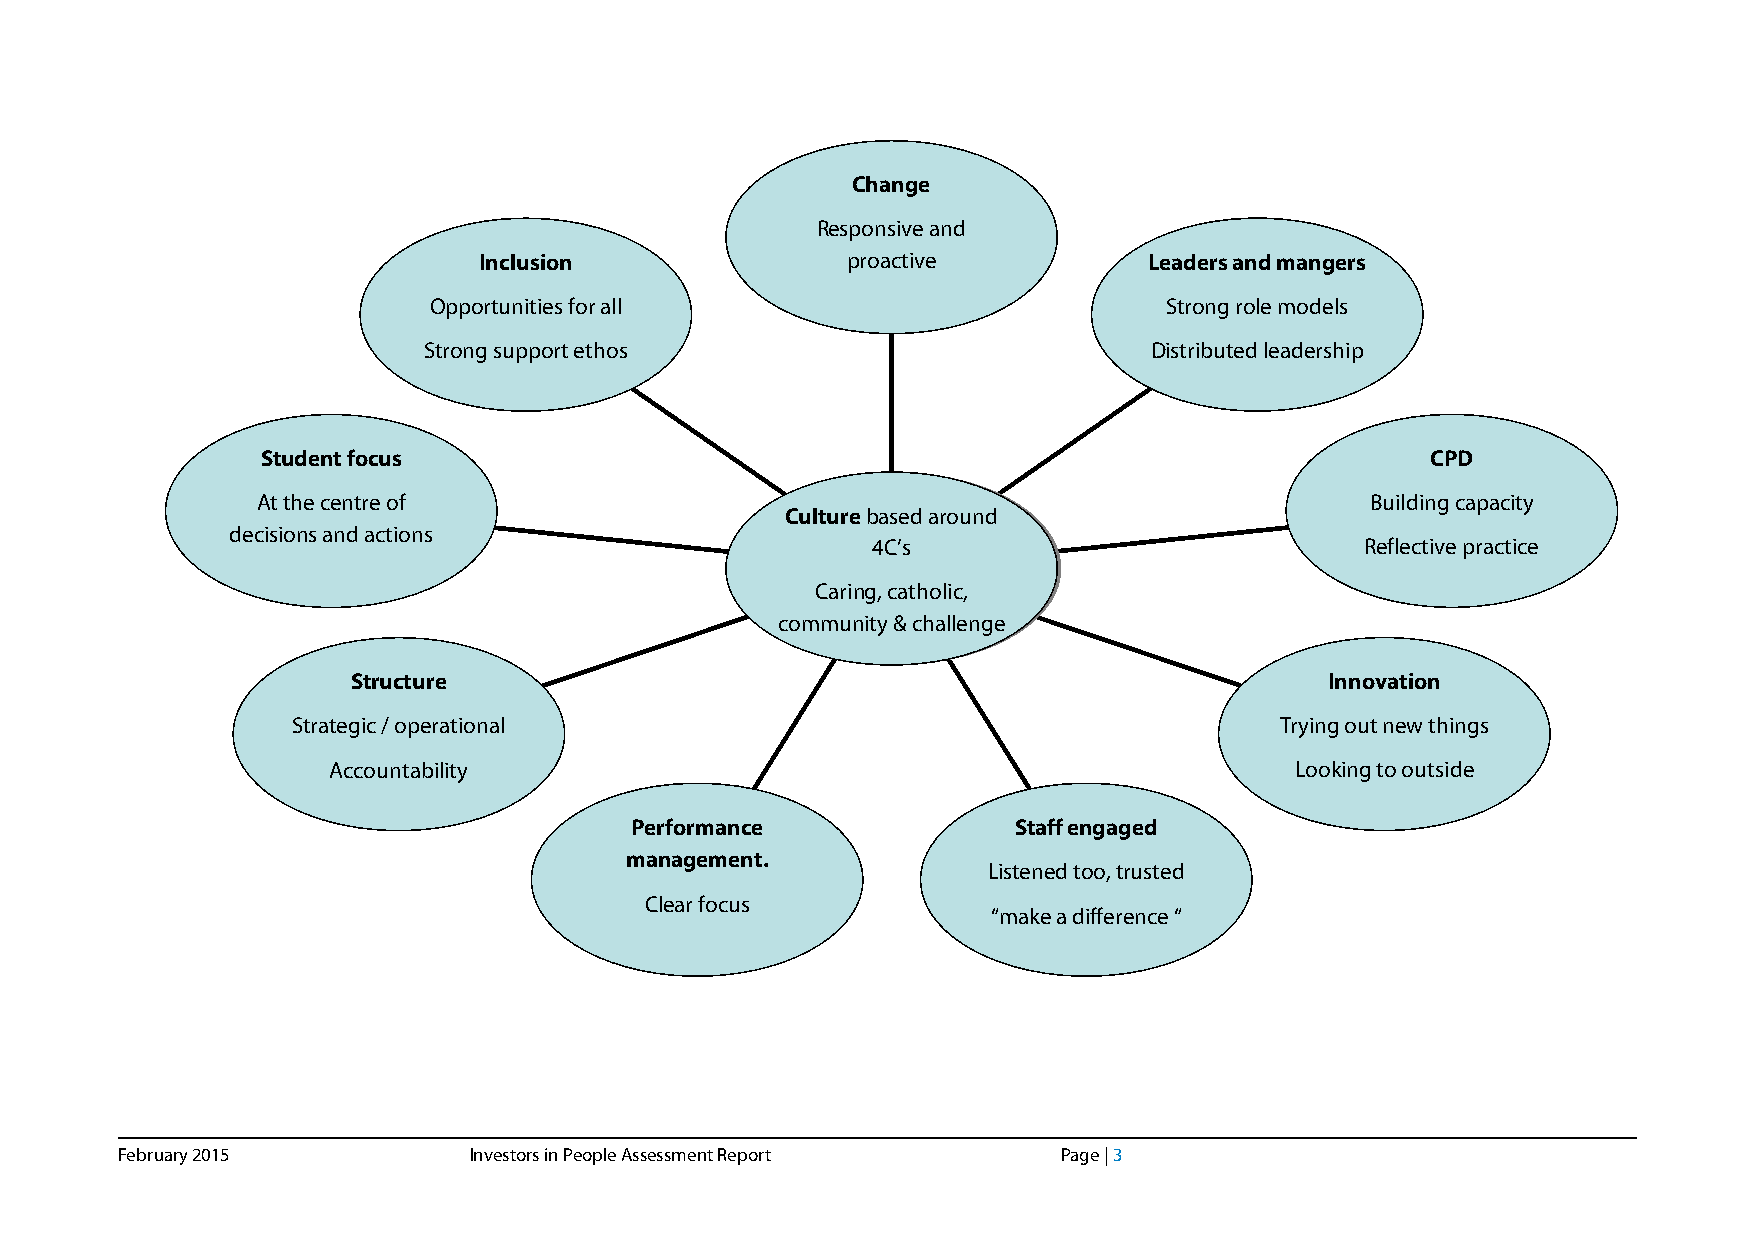
Change
 Responsive and
 Inclusion               proactive           Leaders and mangers
 Opportunities for all                            Strong role models
 Strong support ethos                            Distributed leadership
 Student focus                                                                 CPD
 At the centre of                                                          Building capacity
 Culture based around
 decisions and actions
 4C’s                            Reflective practice
 Caring, catholic,
 community & challenge
 Structure                                                        Innovation
 Strategic / operational                                           Trying out new things
 Accountability                                                  Looking to outside
 Performance              Staff engaged
 management.
 Listened too, trusted
 Clear focus
 “make a difference “
 February 2015          Investors in People Assessment Report  Page | 3